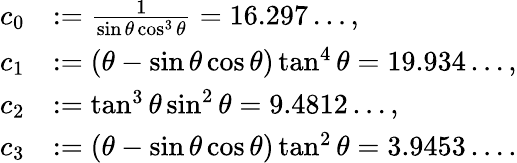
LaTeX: \begin{array}{rl}{c_{0}}&{:=\frac{1}{\sin\theta\cos^{3}\theta}=16.297\ldots,}\\ {c_{1}}&{:=(\theta-\sin\theta\cos\theta)\tan^{4}\theta=19.934\ldots,}\\ {c_{2}}&{:=\tan^{3}\theta\sin^{2}\theta=9.4812\ldots,}\\ {c_{3}}&{:=(\theta-\sin\theta\cos\theta)\tan^{2}\theta=3.9453\ldots.}\end{array}